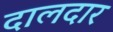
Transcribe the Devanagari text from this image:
दालदार